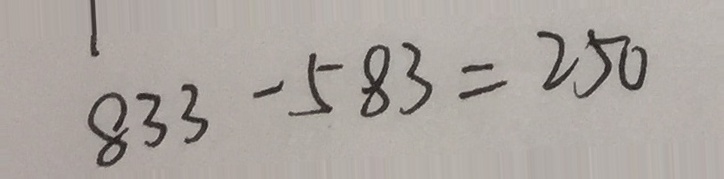
8 3 3 - 5 8 3 = 2 5 0